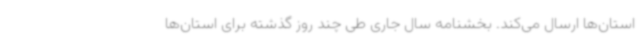
استان‌ها ارسال می‌کند. بخشنامه سال جاری طی چند روز گذشته برای استان‌ها